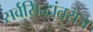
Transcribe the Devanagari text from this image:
सर्वसिद्धांतराज